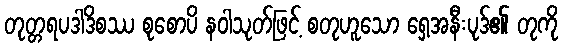
တုတ္တရပဒါဒိစဿ စုစောပိ နဝါသုတ်ဖြင့် စတုဟူသော ရှေ့အနီးပုဒ်၏ တုကို